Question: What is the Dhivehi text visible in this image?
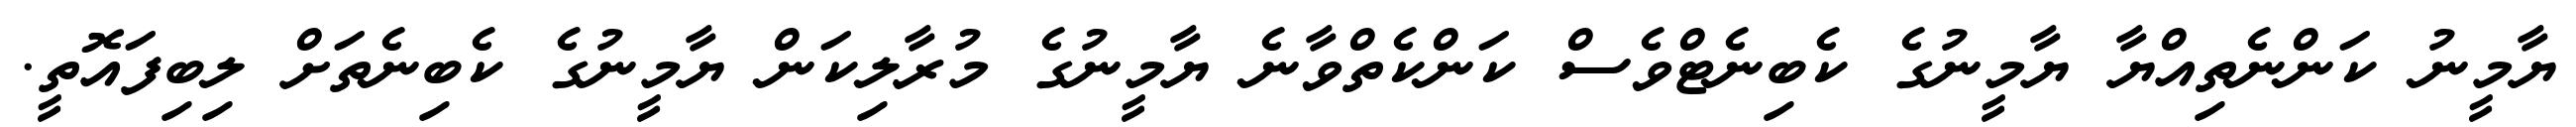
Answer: ޔާމީނު ކަންނެތިއްޔާ ޔާމީނުގެ ކެބިނެޓްވެސް ކަންކެތްވާނެ ޔާމީނުގެ މުރާލިކަން ޔާމީނުގެ ކެބިނެތަށް ލިބިފައޮތީ.